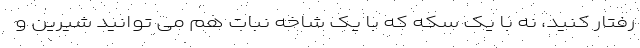
رفتار کنید، نه با یک سکه که با یک شاخه نبات هم می توانید شیرین و